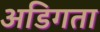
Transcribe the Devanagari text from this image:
अडिगता